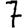
Digit: 7